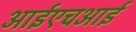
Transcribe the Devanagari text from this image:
आईएचआई